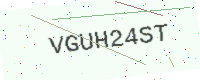
Text: VGUH24ST